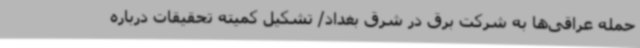
حمله عراقی‌ها به شرکت برق در شرق بغداد/ تشکیل کمیته تحقیقات درباره